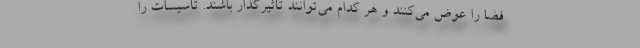
فضا را عوض می‌کنند و هر کدام می‌توانند تأثیرگذار باشند. تأسیسات را